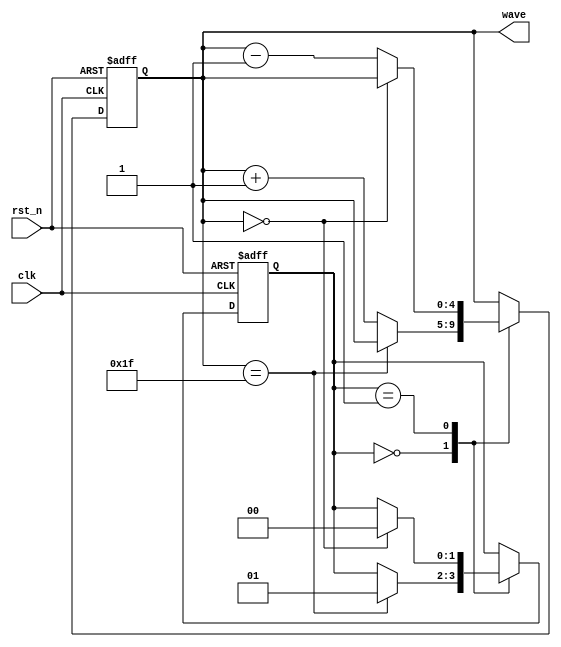
module signal_generator(
	input clk,
	input rst_n,
	output [4:0] wave
    );
	reg [1:0] state;
	reg [4:0] wave;
	always @(posedge clk or negedge rst_n)
	begin
		if (~rst_n)
		begin
			state <= 0;
			wave <= 0;
		end
		else
		begin
			case (state)
				0:
				begin
					if (wave == 31)
						state <= 1;
					else
						wave <= wave + 1;
				end
				1:
				begin
					if (wave == 0)
						state <= 0;
					else
						wave <= wave - 1;
				end
			endcase
		end
	end
endmodule